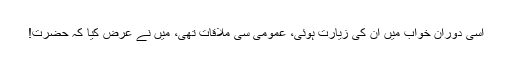
اسی دوران خواب میں ان کی زیارت ہوئی، عمومی سی ملاقات تھی، میں نے عرض کیا کہ حضرت!